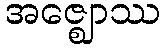
အဇ္ဈောဿ